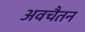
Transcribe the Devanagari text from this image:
अवचैतन